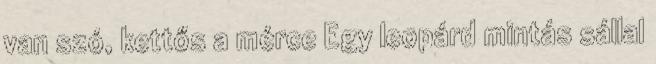
van szó, kettős a mérce Egy leopárd mintás sállal